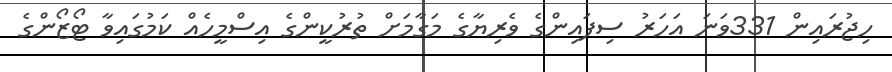
ހިޖުރައިން 331ވަނަ އަހަރު ސިފައިންގެ ވެރިޔާގެ މަގާމަށް ތުރުކީންގެ އިސްމީހެއް ކަމުގައިވާ ޓޯޒޯންގެ